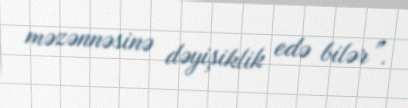
məzənnəsinə dəyişiklik edə bilər”.